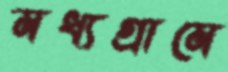
মধ্যগ্রামে